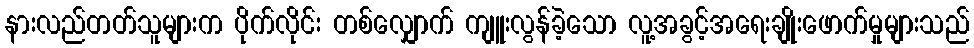
နားလည်တတ်သူများက ပိုက်လိုင်း တစ်လျှောက် ကျူးလွန်ခဲ့သော လူ့အခွင့်အရေးချိုးဖောက်မှုများသည်